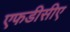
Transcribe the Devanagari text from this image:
एफडीसीए